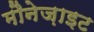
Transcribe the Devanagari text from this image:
मौनेज़ाइट